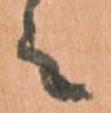
々